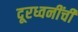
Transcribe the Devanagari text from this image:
दूरध्वनींची